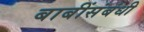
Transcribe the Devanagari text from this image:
बाबींसंबंधी